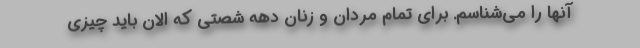
آنها را می‌شناسم. برای تمام مردان و زنان دهه شصتی که الان باید چیزی